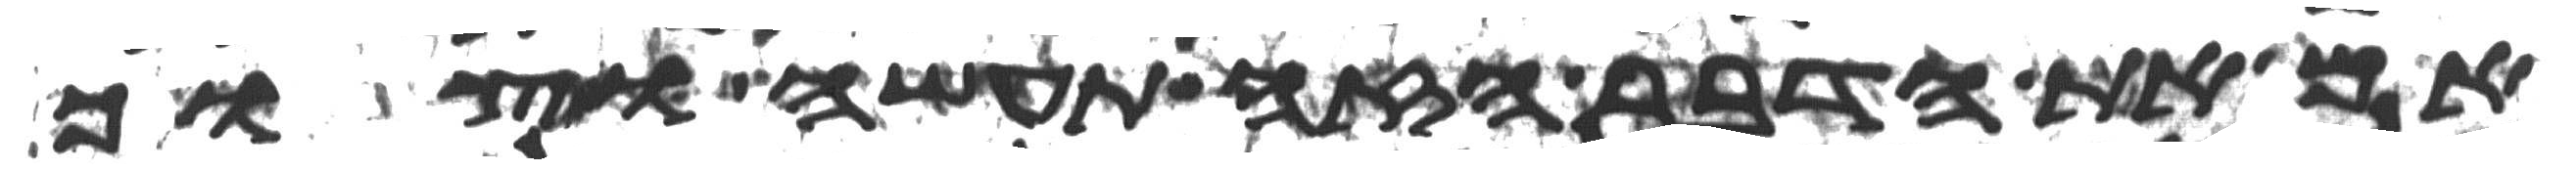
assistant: אם את הדבר הזה תעשה וצוך